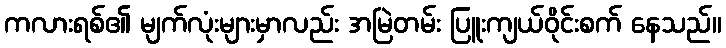
ကလားရစ်၏ မျက်လုံးများမှာလည်း အမြဲတမ်း ပြူးကျယ်ဝိုင်းစက် နေသည်။